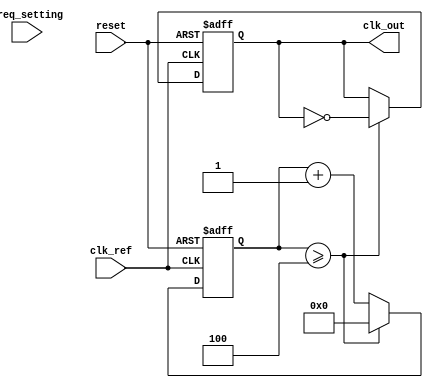
module frac_n_pll (
    input wire clk_ref,      // Reference clock input
    input wire reset,        // Reset signal
    input wire [15:0] freq_setting, // Frequency settings from memory
    output reg clk_out       // Output clock
);

    // Parameters
    parameter N = 4;         // Integer divider value
    parameter M = 3;         // Fractional divider value (M/N)
    
    // Internal signals
    reg [15:0] phase_error;  // Phase error signal
    reg [15:0] control_voltage; // Control voltage from loop filter
    reg [15:0] vco_freq;      // VCO frequency
    reg [15:0] vco_counter;    // VCO counter
    reg [15:0] divider_counter; // Divider counter
    reg [15:0] memory_block [0:255]; // Memory blocks for settings
    reg [7:0] mem_addr;       // Memory address for settings
    
    // Phase Detector
    always @(posedge clk_ref or posedge reset) begin
        if (reset) begin
            phase_error <= 0;
        end else begin
            // Compare phase of reference and VCO output
            // Update phase_error based on comparison (simplified)
            if (vco_counter > divider_counter)
                phase_error <= phase_error + 1; // Output is leading
            else
                phase_error <= phase_error - 1; // Output is lagging
        end
    end

    // Loop Filter (Simple integrator)
    always @(posedge clk_ref or posedge reset) begin
        if (reset) begin
            control_voltage <= 0;
        end else begin
            control_voltage <= control_voltage + phase_error; // Integrate phase error
        end
    end

    // Voltage-Controlled Oscillator (VCO)
    always @(posedge clk_ref or posedge reset) begin
        if (reset) begin
            vco_freq <= 0;
            vco_counter <= 0;
        end else begin
            vco_freq <= control_voltage; // Control frequency by voltage
            // Increment VCO counter based on frequency
            vco_counter <= vco_counter + vco_freq / 100; // Simplified frequency control
        end
    end

    // Integer Divider
    always @(posedge clk_ref or posedge reset) begin
        if (reset) begin
            divider_counter <= 0;
            clk_out <= 0;
        end else begin
            if (divider_counter >= N) begin
                clk_out <= ~clk_out; // Toggle output clock
                divider_counter <= 0; // Reset counter
            end else begin
                divider_counter <= divider_counter + 1; // Increment divider counter
            end
        end
    end

    // Memory Block Initialization (example values)
    initial begin
        memory_block[0] = 16'd100; // Example setting
        memory_block[1] = 16'd200; // Another example setting
        // Load more settings as required
    end

    // Digital Controller (simplified)
    always @(posedge clk_ref or posedge reset) begin
        if (reset) begin
            mem_addr <= 0;
        end else begin
            // Load settings into the PLL from memory
            freq_setting <= memory_block[mem_addr]; // Access memory block
            // Increment memory address (simple example)
            mem_addr <= mem_addr + 1;
        end
    end

endmodule